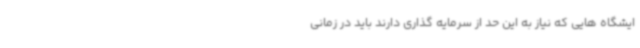
ایشگاه هایی که نیاز به این حد از سرمایه گذاری دارند باید در زمانی